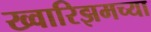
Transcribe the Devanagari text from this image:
ख्वारिझमच्या